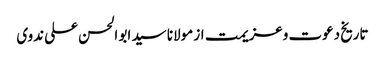
تاریخ دعوت وعزیمت از مولانا سید ابو الحسن علی ندوی